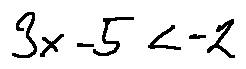
3 x - 5 < - 2